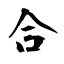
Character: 合